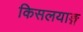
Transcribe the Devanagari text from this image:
किसलयाङ्ग